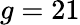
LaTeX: g=21